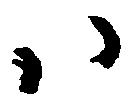
ハ